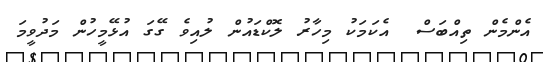
އެންމެން ތިއްބަސް  އެކަމަކު މިހާރު ލޮކްޑައުން ލުއިވެ ގޭގަ އުޅޭމީހުން މަދުވީމަ